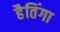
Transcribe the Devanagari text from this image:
हैतिंगा